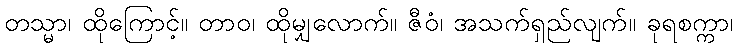
တသ္မာ၊ ထိုကြောင့်။ တာဝ၊ ထိုမျှလောက်။ ဇီဝံ၊ အသက်ရှည်လျက်။ ခုရစက္ကာ၊